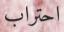
احتراب